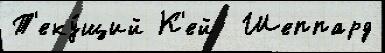
Т'еку́щий К'ей  Шеппард